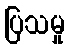
ပြသမှု